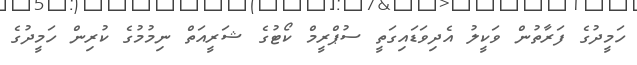
ހަމީދުގެ ފަރާތުން ވަކީލު އެދިވަޑައިގަތީ ސުޕްރީމް ކޯޓުގެ ޝަރީއަތް ނިމުމުގެ ކުރިން ހަމީދުގެ